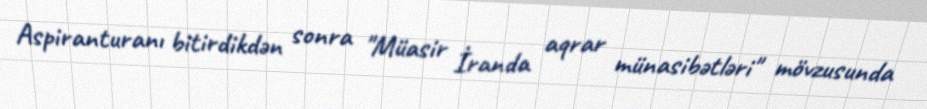
Aspiranturanı bitirdikdən sonra "Müasir İranda aqrar münasibətləri" mövzusunda